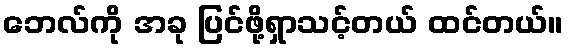
ဘေလ်ကို အခု ပြင်ဖို့ရှာသင့်တယ် ထင်တယ်။